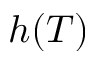
h ( T )